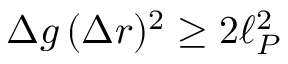
\Delta g \, ( \Delta r ) ^ { 2 } \geq 2 \ell _ { P } ^ { 2 }